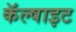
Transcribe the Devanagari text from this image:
कॅल्षाइट